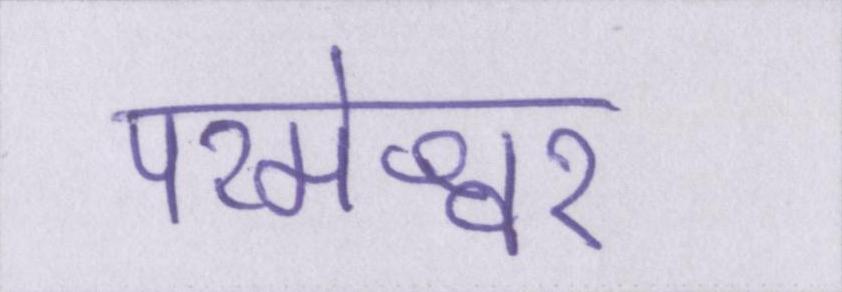
परमेश्वर